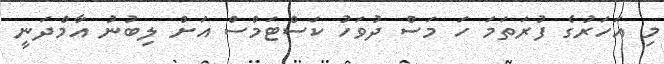
މި އަހަރުގެ ފުރަތަމަ ހަ މަސް ދުވަހު ކަސްޓަމްސް އަށް ލިބުނު އާމްދަނީ